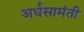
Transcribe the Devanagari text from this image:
अर्धसामंती